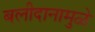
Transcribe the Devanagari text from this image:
बलीदानामुळे